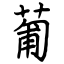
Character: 葡